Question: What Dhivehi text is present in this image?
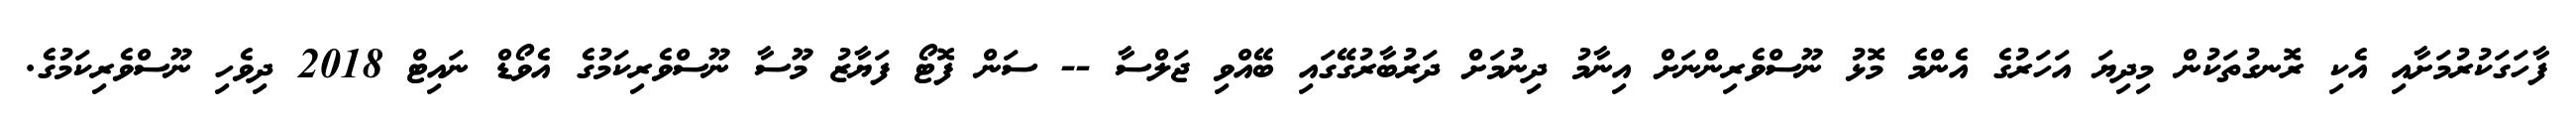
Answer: ފާހަގަކުރުމަށާއި އެކި ރޮނގުތަކުން މިދިޔަ އަހަރުގެ އެންމެ މޮޅު ނޫސްވެރިންނަށް އިނާމު ދިނުމަށް ދަރުބާރުގޭގައި ބޭއްވި ޖަލްސާ -- ސަން ފޮޓޯ ފަޔާޒު މޫސާ ނޫސްވެރިކަމުގެ އެވޯޑް ނައިޓް 2018 ދިވެހި ނޫސްވެރިކަމުގެ.